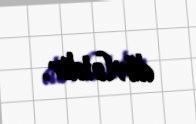
dövlətdir.